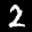
Label: 2